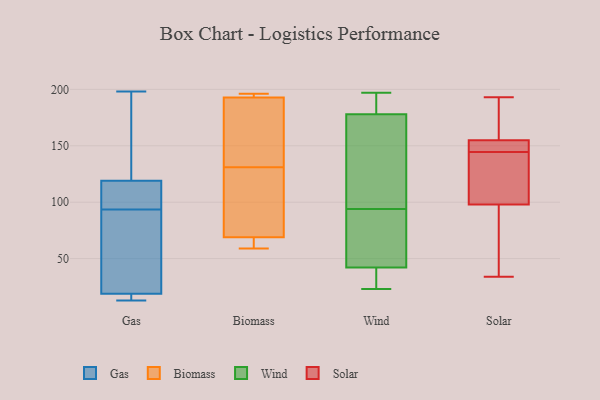
{"axis": {"x": "Latency (ms)", "y": "Value"}, "legend": ["Biomass", "Gas", "Solar", "Wind"], "data": [{"x": "", "y": 97, "type": "Gas"}, {"x": "", "y": 19, "type": "Gas"}, {"x": "", "y": 13, "type": "Gas"}, {"x": "", "y": 90, "type": "Gas"}, {"x": "", "y": 119, "type": "Gas"}, {"x": "", "y": 193, "type": "Gas"}, {"x": "", "y": 30, "type": "Gas"}, {"x": "", "y": 119, "type": "Gas"}, {"x": "", "y": 19, "type": "Gas"}, {"x": "", "y": 198, "type": "Gas"}, {"x": "", "y": 192, "type": "Biomass"}, {"x": "", "y": 131, "type": "Biomass"}, {"x": "", "y": 155, "type": "Biomass"}, {"x": "", "y": 196, "type": "Biomass"}, {"x": "", "y": 128, "type": "Biomass"}, {"x": "", "y": 59, "type": "Biomass"}, {"x": "", "y": 69, "type": "Biomass"}, {"x": "", "y": 170, "type": "Biomass"}, {"x": "", "y": 76, "type": "Biomass"}, {"x": "", "y": 69, "type": "Biomass"}, {"x": "", "y": 196, "type": "Biomass"}, {"x": "", "y": 65, "type": "Biomass"}, {"x": "", "y": 195, "type": "Biomass"}, {"x": "", "y": 193, "type": "Wind"}, {"x": "", "y": 94, "type": "Wind"}, {"x": "", "y": 23, "type": "Wind"}, {"x": "", "y": 119, "type": "Wind"}, {"x": "", "y": 40, "type": "Wind"}, {"x": "", "y": 43, "type": "Wind"}, {"x": "", "y": 75, "type": "Wind"}, {"x": "", "y": 161, "type": "Wind"}, {"x": "", "y": 197, "type": "Wind"}, {"x": "", "y": 43, "type": "Wind"}, {"x": "", "y": 197, "type": "Wind"}, {"x": "", "y": 32, "type": "Wind"}, {"x": "", "y": 173, "type": "Wind"}, {"x": "", "y": 44, "type": "Solar"}, {"x": "", "y": 102, "type": "Solar"}, {"x": "", "y": 153, "type": "Solar"}, {"x": "", "y": 34, "type": "Solar"}, {"x": "", "y": 193, "type": "Solar"}, {"x": "", "y": 193, "type": "Solar"}, {"x": "", "y": 153, "type": "Solar"}, {"x": "", "y": 155, "type": "Solar"}, {"x": "", "y": 142, "type": "Solar"}, {"x": "", "y": 101, "type": "Solar"}, {"x": "", "y": 147, "type": "Solar"}, {"x": "", "y": 52, "type": "Solar"}, {"x": "", "y": 98, "type": "Solar"}, {"x": "", "y": 187, "type": "Solar"}]}